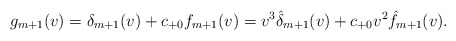
\begin{align*} g_{m+1}(v)=\delta_{m+1}(v)+c_{+0}f_{m+1}(v)=v^3\hat{\delta}_{m+1}(v)+c_{+0}v^2\hat{f}_{m+1}(v).\end{align*}